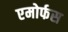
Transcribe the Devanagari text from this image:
एमोर्फस